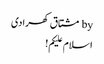
by مشتاق کھرادی
اسلام علیکم!